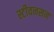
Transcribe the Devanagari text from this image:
स्टीवनसन